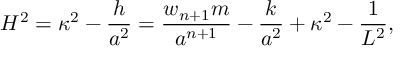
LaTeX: H ^ { 2 } = \kappa ^ { 2 } - { \frac { h } { a ^ { 2 } } } = { \frac { w _ { n + 1 } m } { a ^ { n + 1 } } } - { \frac { k } { a ^ { 2 } } } + \kappa ^ { 2 } - { \frac { 1 } { L ^ { 2 } } } ,